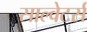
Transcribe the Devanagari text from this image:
साल्वेटर्स